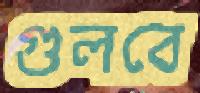
গুলবে